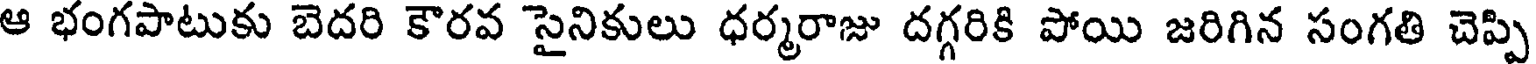
ఆ భంగపాటుకు బెదరి కౌరవ సైనికులు ధర్మరాజు దగ్గరికి పోయి జరిగిన సంగతి చెప్పి